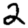
Digit: 2